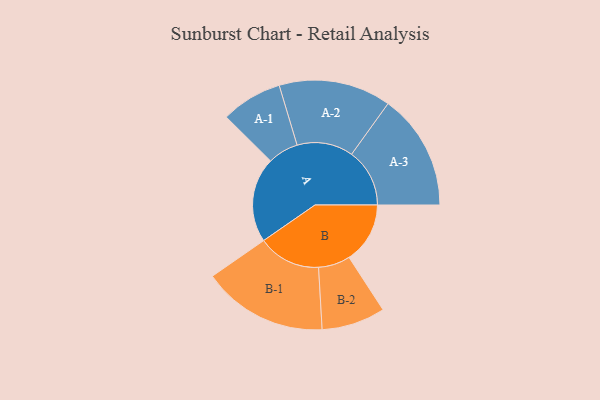
{"axis": {"x": "Segment", "y": "Value"}, "legend": ["", "A", "B"], "data": [{"x": "A", "y": 350, "type": ""}, {"x": "B", "y": 251, "type": ""}, {"x": "A-1", "y": 126, "type": "A"}, {"x": "A-2", "y": 231, "type": "A"}, {"x": "A-3", "y": 239, "type": "A"}, {"x": "B-1", "y": 258, "type": "B"}, {"x": "B-2", "y": 131, "type": "B"}]}